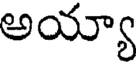
అయ్యా